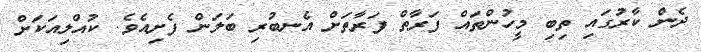
ދެން ކާރުގައި ތިބި މީހުންތައް ފަރާތް ފަރާތަށް އެނބުރި ބަލަން ފެށިއެވެ. ކުއްލިއަކަށް